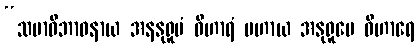
“သမာဓိဘာဝနာယ အနနုရူပံ ဝိဟာရံ ပဟာယ အနုရူပေ ဝိဟာရေ